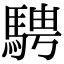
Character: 騁